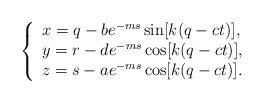
LaTeX: \begin{align*} \left\{ \begin{array}{l} x=q-be^{-ms}\sin[k(q-ct)],\\ y=r-de^{-ms}\cos[k(q-ct)],\\ z=s-ae^{-ms}\cos[k(q-ct)]. \end{array} \right. \end{align*}